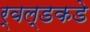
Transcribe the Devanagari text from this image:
र्वल्डकडे